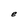
Character: e